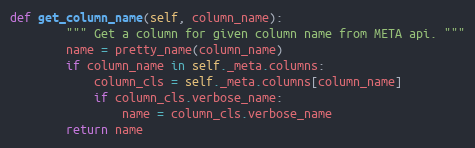
Language: Python
def get_column_name(self, column_name):
        """ Get a column for given column name from META api. """
        name = pretty_name(column_name)
        if column_name in self._meta.columns:
            column_cls = self._meta.columns[column_name]
            if column_cls.verbose_name:
                name = column_cls.verbose_name
        return name